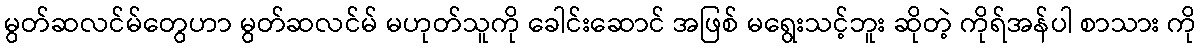
မွတ်ဆလင်မ်တွေဟာ မွတ်ဆလင်မ် မဟုတ်သူကို ခေါင်းဆောင် အဖြစ် မရွေးသင့်ဘူး ဆိုတဲ့ ကိုရ်အန်ပါ စာသား ကို